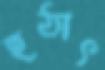
হঠাৎ